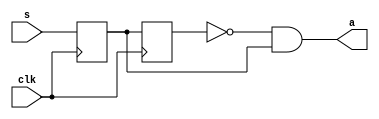
module tst(
input clk,
input s,
output a
);
/*_____tst module use ez register____*/
reg a_reg1;
reg a_reg2;
always@(posedge clk)
begin
	a_reg2=a_reg1;//property  a_reg1 |=> a_reg2 endproperty
	a_reg1=s;
	
end

assign a=(~a_reg2)&&a_reg1;//check the rising of the input s
endmodule